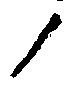
ノ